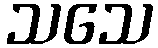
သသေ